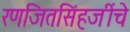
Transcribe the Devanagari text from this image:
रणजितसिंहजींचे